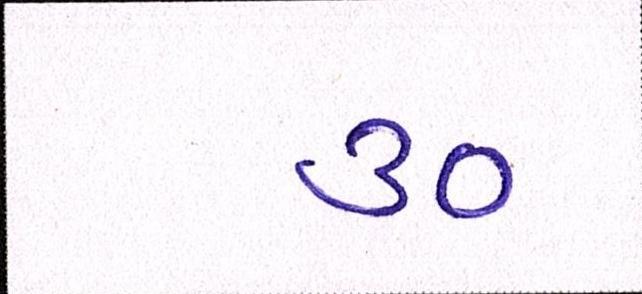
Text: ૩૦